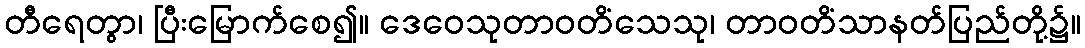
တီရေတွာ၊ ပြီးမြောက်စေ၍။ ဒေဝေသုတာဝတိံသေသု၊ တာဝတိံသာနတ်ပြည်တို့၌။